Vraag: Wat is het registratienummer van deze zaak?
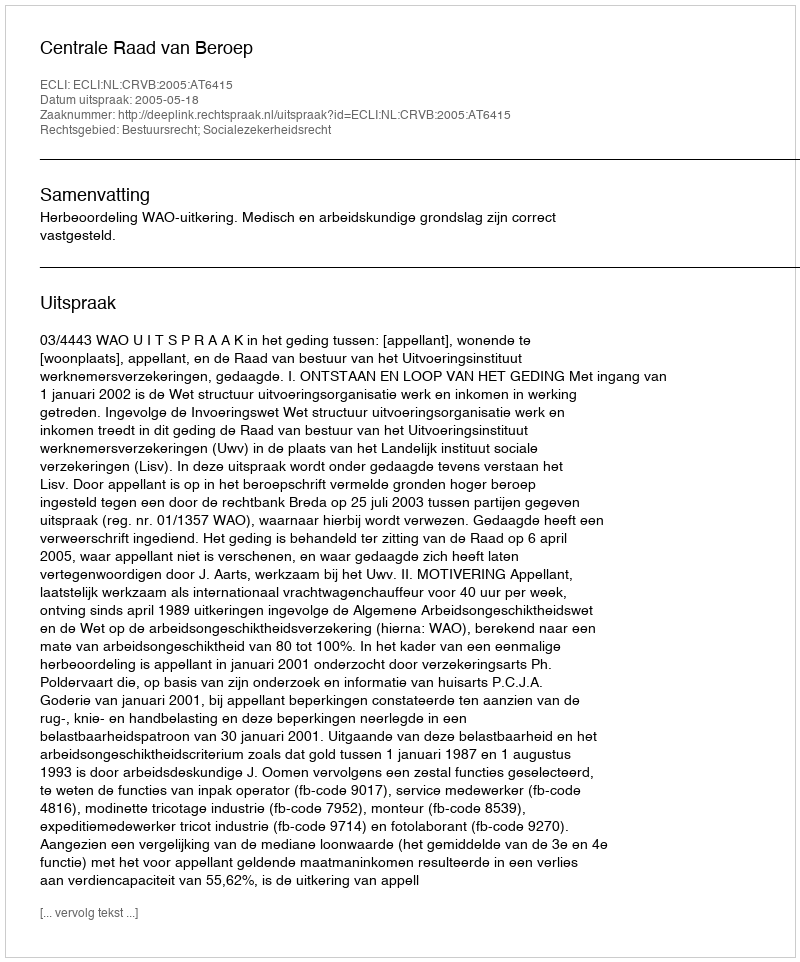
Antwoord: http://deeplink.rechtspraak.nl/uitspraak?id=ECLI:NL:CRVB:2005:AT6415